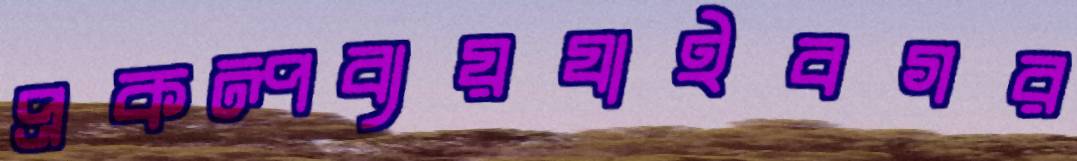
প্রকল্পব্যয়যাইবগর